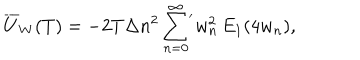
\overline { { { U } } } _ { W } ( T ) = - 2 T \Delta n ^ { 2 } \sum _ { n = 0 } ^ { \infty } \! { } ^ { ' } w _ { n } ^ { 2 } \, E _ { 1 } ( 4 w _ { n } ) { , }